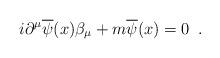
LaTeX: \begin{align*}i\partial^{\mu} \overline{\psi}(x) \beta_{\mu}+m\overline{\psi}(x)=0 \,\,\,.\end{align*}